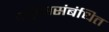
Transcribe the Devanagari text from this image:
वर्तुळासंबंधित